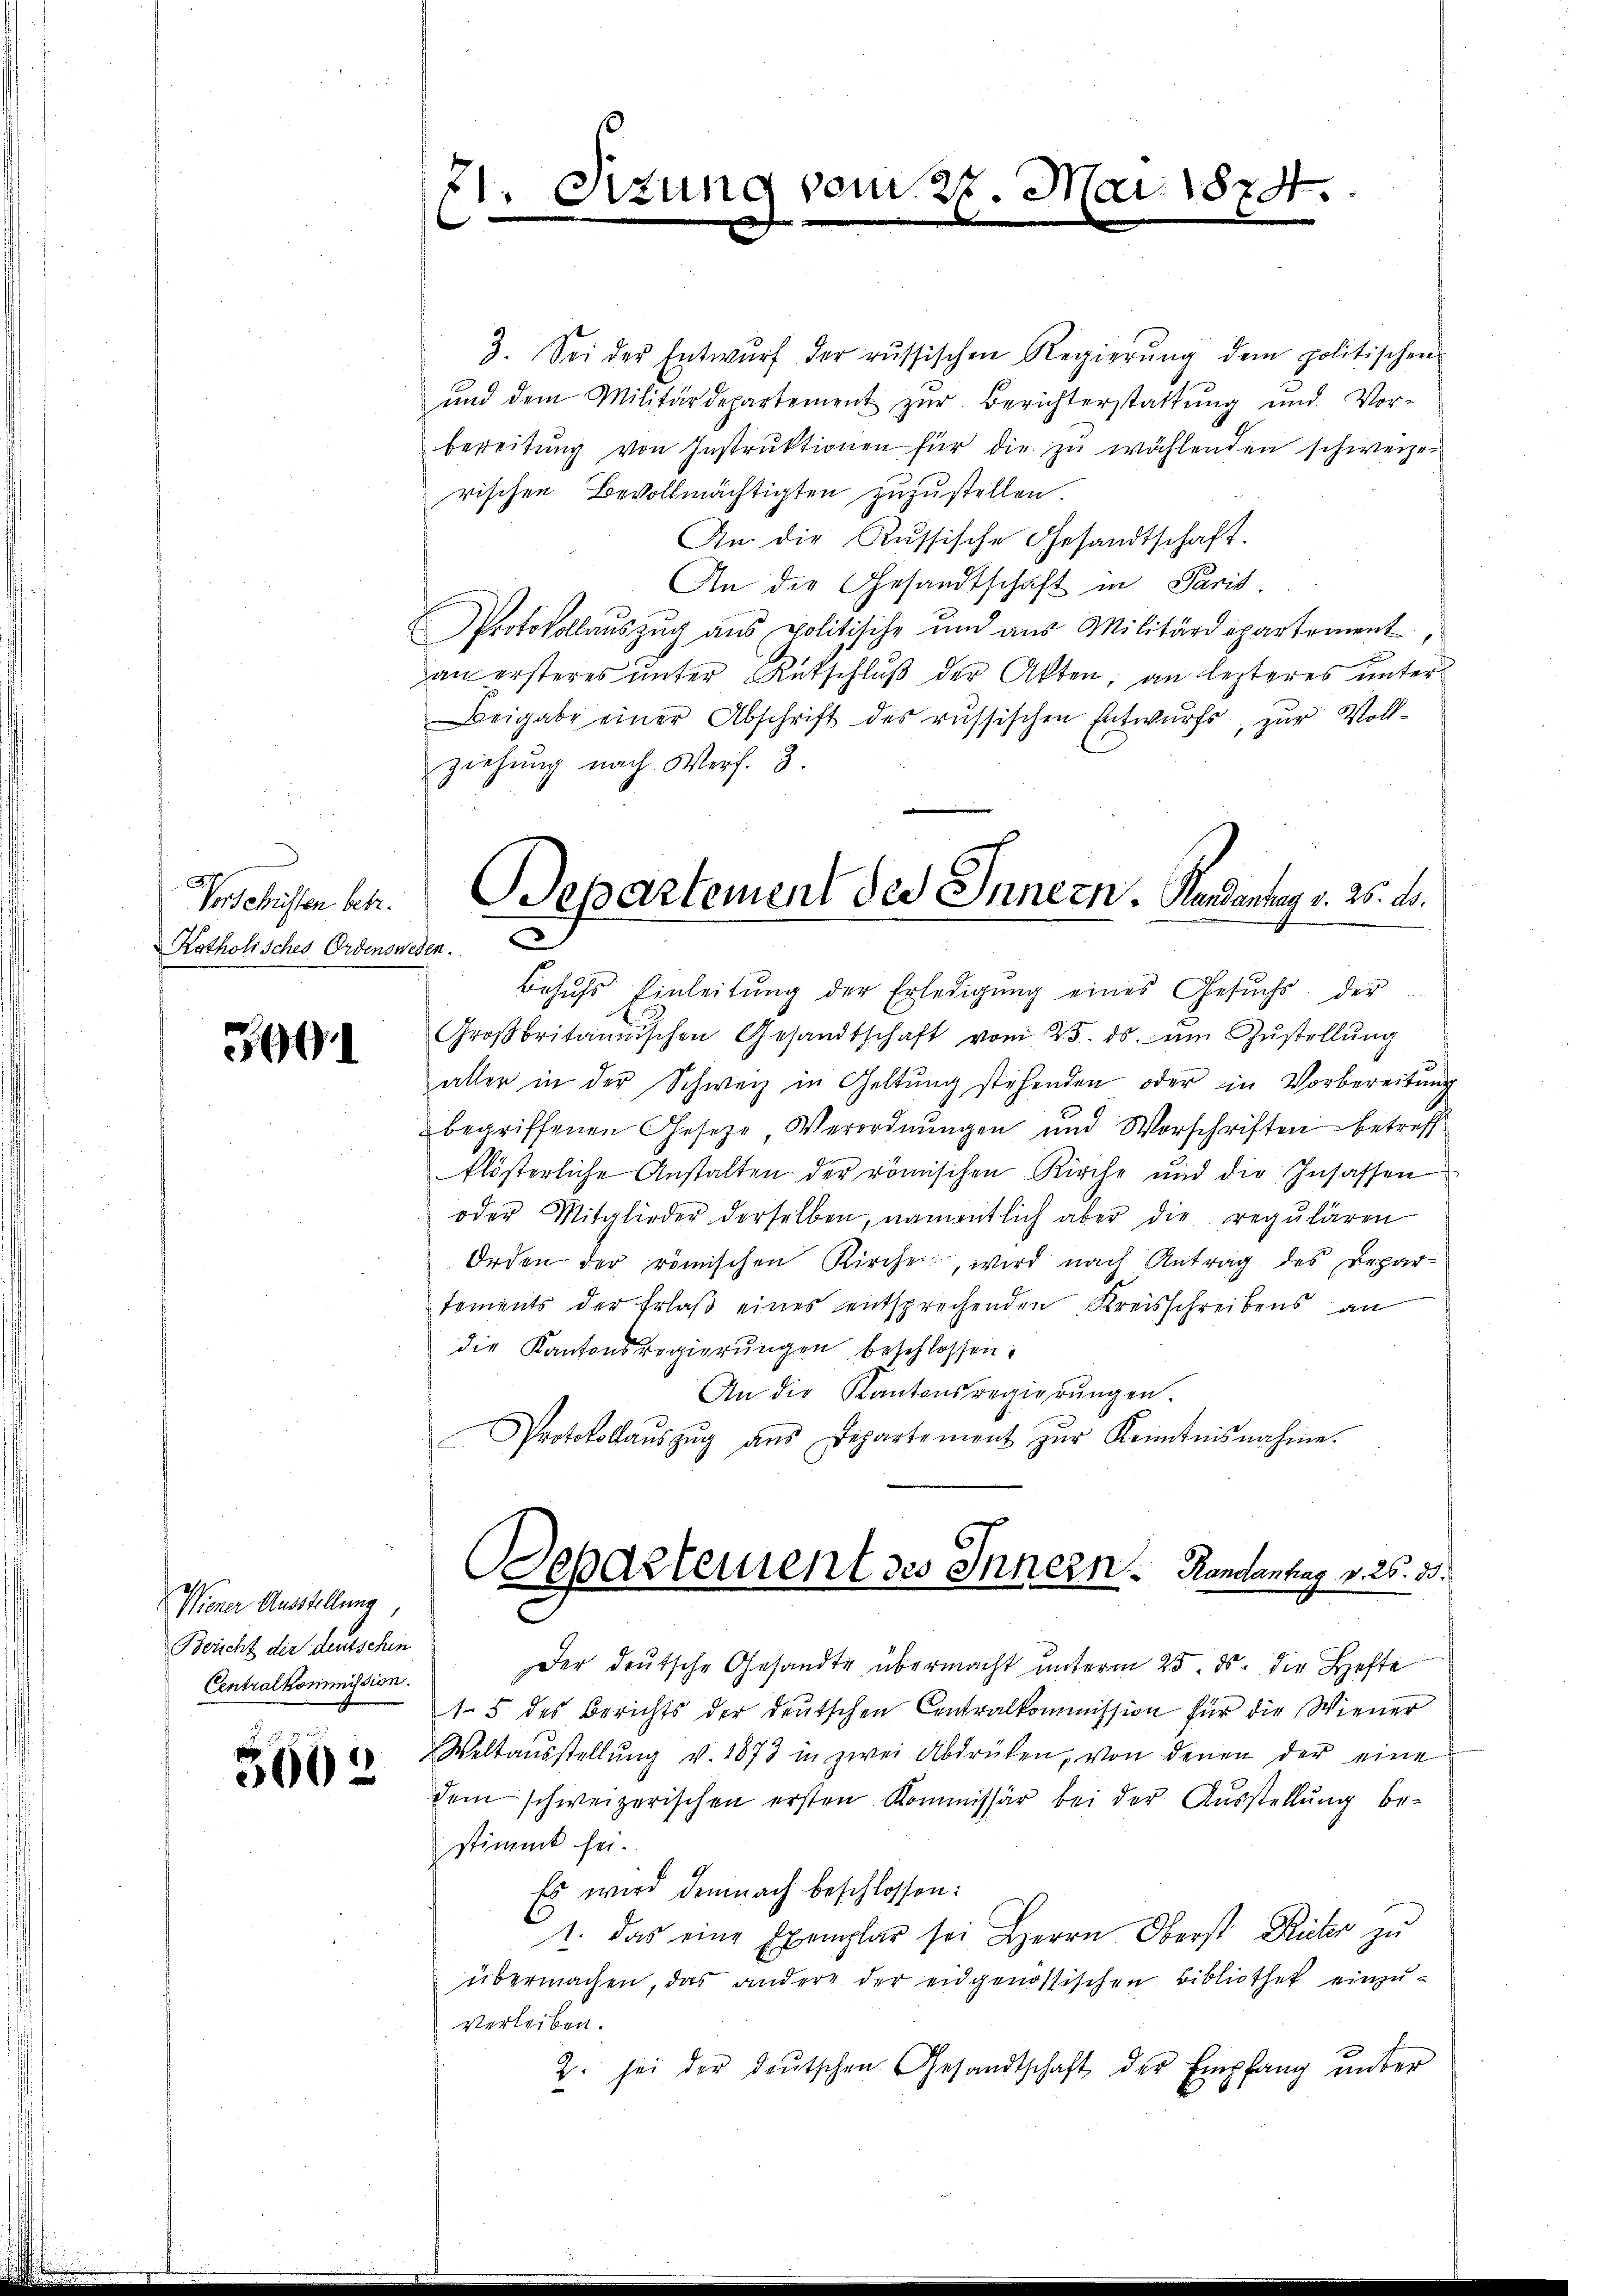
Vorschristen betr.
Katholisches Ordenswesen.

36

3. Sei der Entwŭrf der russischen Regierŭng dem politischen
und dem Militärdepartement zŭr Berichterstattŭng und Vor-
bereitŭng von Instrŭktionen für die zu wählenden schweizerischen Bevollmächtigten zuzustellen
An die Russische Gesandtschaft.
An der Gesandtschaft in Paris.
Protokollaŭszŭg ans politische und aus Militärdepartement
an ersteres ŭnter Rutschlŭβ der Akten, an lezteres unter
Beigabe einer Abschrift des russischen Entwŭrfs, zur Vollziehung nach Verf. 3.
Behŭfs Einleitŭng der Erledigŭng eines Gesŭchs der
Groβbritannischen Gesandtschaft vom 25. ds. ŭm Zŭstellung
aller in der Schweiz in Geltung stehenden oder in Vorbereitŭng
begriffenen Gesetze, Verordnungen und Vorschriften betreff
klösterliche Anstalten der römischen Kirche und die Insassen
oder Mitglieder derselben, namentlich aber die regulären
Orden der römischen Kirche, wird nach Antrag des Depar-
tements der Erlaβ eines entsprechenden Kreisschreibens an
die Kantonsregierungen beschlossen.
An die Kantonsregierungen
Protokollaŭszŭg aŭs Departement zŭr Kenntnisnahme.
Cepartement des Innern. Handantag v. 26. 33.
Der deutsche Gesandte übermacht unterm 25. ds. die Hefte
15 des Berichts der deutschen Centralkommission für die Wiener
Weltaŭsstellŭng v. 1873 in zwei Abdrüken, von denen der eine
dem schweizerischen ersten Kommissär bei der Ausstellŭng be-
stimmt sei.
Es wird demnach beschlossen:
1. Das eine Exemplar sei Herrn Oberst Rieter zu
übermachen, das andere der eidgenössischen Bibliothek einzuverleiben.
2. sei der deŭtschen Gesandtschaft der Empfang ŭnter
u

Wiener Ausstellung
Bericht der deutschen
Centralkommission.

3602

t
Sizung vom 27. Mai 1874.
e

Departement des Innern. Kandantag v. 25. d.